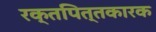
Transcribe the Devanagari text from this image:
रक्तपित्तकारक